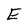
Character: E